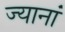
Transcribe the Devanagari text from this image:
ज्यानां